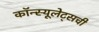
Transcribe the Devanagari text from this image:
कॉन्स्यूलेट्सची